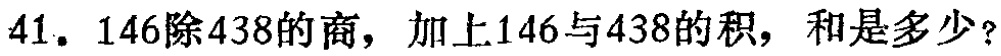
41. 146除438的商，加上146与438的积，和是多少？